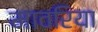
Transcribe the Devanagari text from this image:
मावरिया